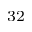
^ { 3 2 }